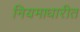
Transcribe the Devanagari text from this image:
नियमाधारीत